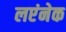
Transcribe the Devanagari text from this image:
लएंनेक